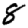
Digit: 8